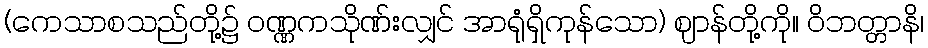
(ကေသာစသည်တို့၌ ဝဏ္ဏကသိုဏ်းလျှင် အာရုံရှိကုန်သော) ဈာန်တို့ကို။ ဝိဘတ္တာနိ၊